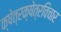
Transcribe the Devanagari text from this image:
क्षेत्रक्षेत्रविचार